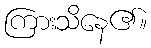
ကြားသိနေ၏။